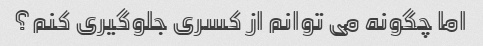
اما چگونه می توانم از کسری جلوگیری کنم؟